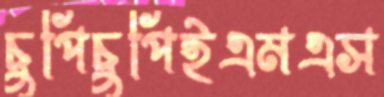
চুপিচুপিইএমএস